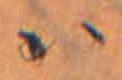
ハ